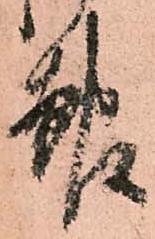
報